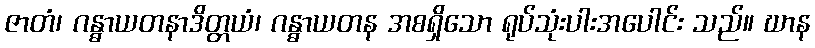
ဇာတံ၊ ဂန္ဓာယတနာဒိတ္တယံ၊ ဂန္ဓာယတန အစရှိသော ရုပ်သုံးပါးအပေါင်း သည်။ ဃာန